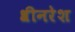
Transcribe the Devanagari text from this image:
श्रीनरेश